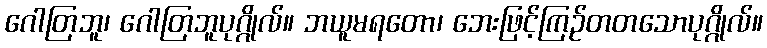
ဂေါတြဘူ၊ ဂေါတြဘူပုဂ္ဂိုလ်။ ဘယူမရတော၊ ဘေးဖြင့်ကြဉ်တတသောပုဂ္ဂိုလ်။